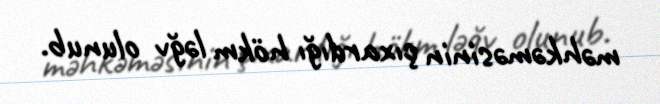
məhkəməsinin çıxardığı hökm ləğv olunub.